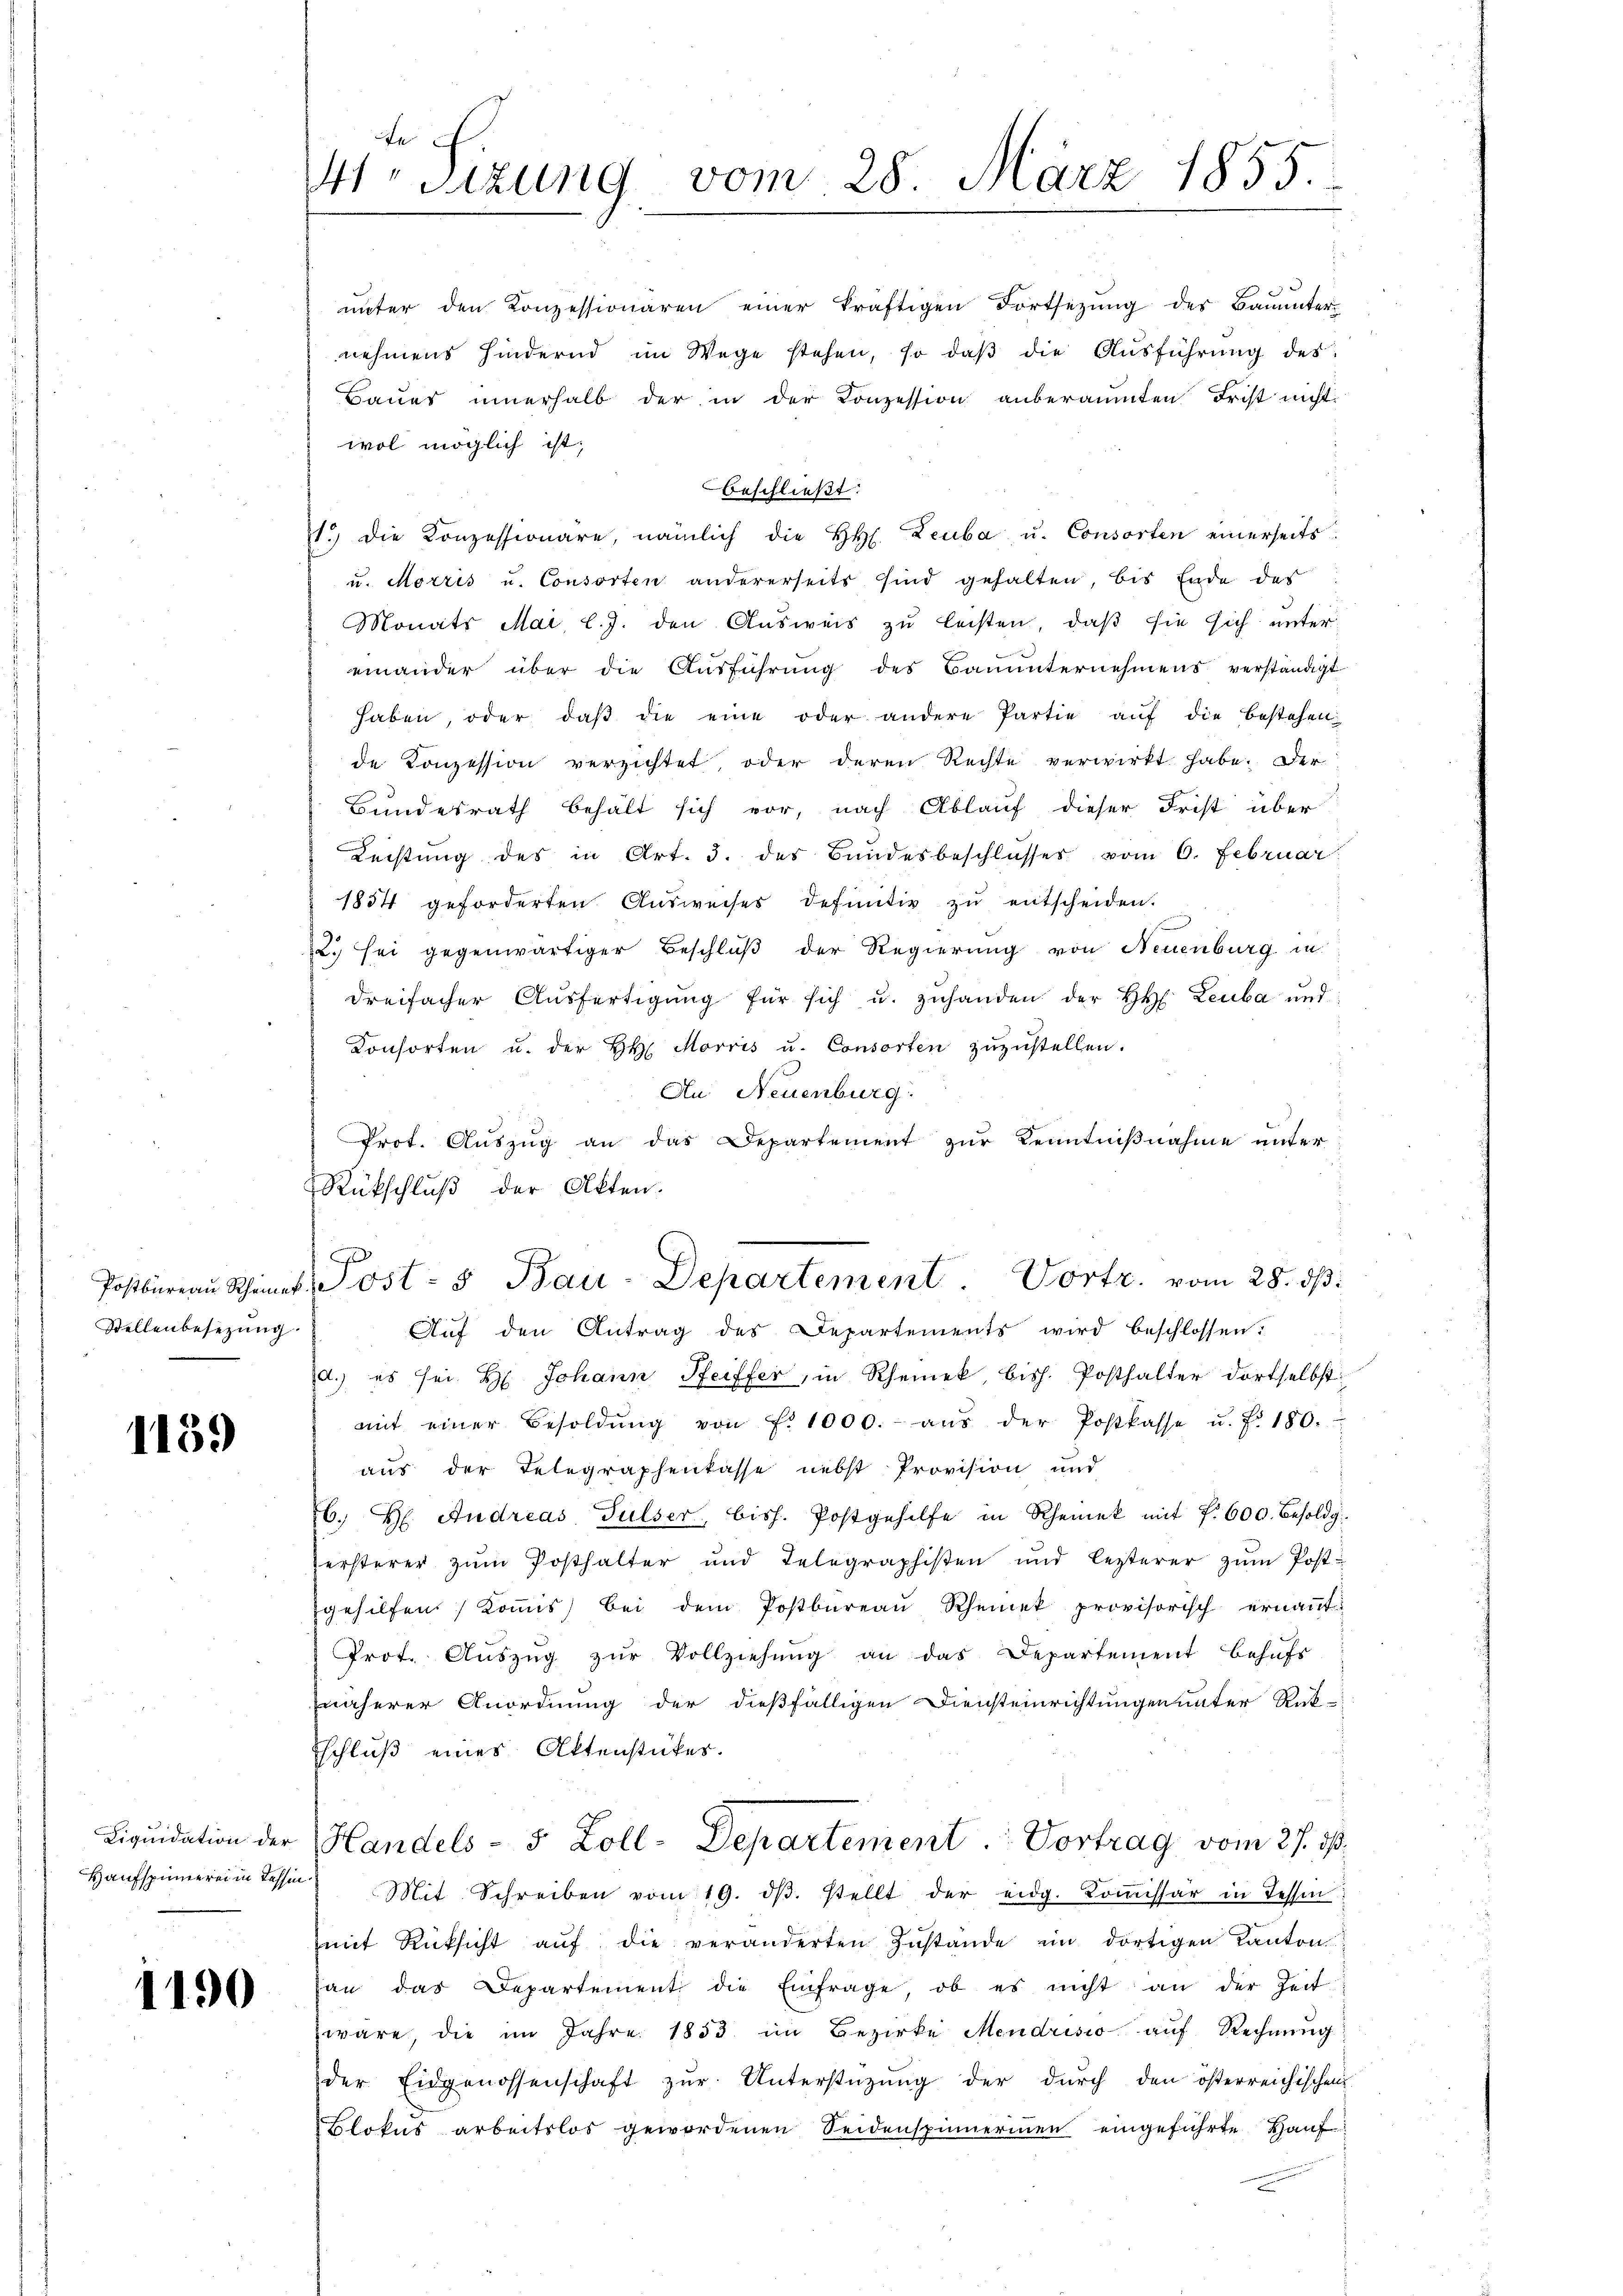
Stellenbesezung.

1159

1190

te
4r Sitzung vom 28. März 1855.

wol möglich ist,
beschließt:
1.) Die Konzessionäre, nämlich die HH. Leuba u. Consorten einerseits
u. Morris u. Consorten andererseits sind gehalten, bis Ende des
Monats Mai l.J. den Ausweis zu leisten, daß sie sich unter
einander über die Aŭsführŭng des Bauŭnternehmens verständigt
haben, oder daβ die eine oder andere Partie aŭf die bestehen
de Konzession verzichtet, oder deren Rechte verwirkt habe. Der
Bundesrath behält sich vor, nach Ablauf dieser Frist über
Leistung des in Art. 3. des Bundesbeschlusses vom 6. Februar
1854 geforderten Ausweises definitiv zu entscheiden.
2. sei gegenwärtiger Beschluß der Regierung von Neuenburg in
dreifacher Aŭsfertigŭng für sich u. zŭ handen der H. Leuba und:
Konsorten u. der H. Morris u. Consorten zŭzŭstellen.
An Neuenburg.
Prot. Auszug an das Departement zur Kenntnißnahme unter
Rückschluß der Akten.
Postbüreau Schines Post- & Bau-Departement Vortr. vom 28. ds.
Aŭf den Antrag des Departements wird beschlossen:
d.) es sei H. Johann Seiffer, in Rheinek, bish. Posthalter dortselbst
mit einer Besoldŭng von f. 1000.- aŭs der Postkasse u. f. 180.
aus der Telegraphenkasse nebst Provision und
b. H. Andreas Gulser, bish. Postgehilfe in Rheinek mit f. 600. Besoldg.
ersterer zum Posthalter und Telegraphisten und lezterer zŭm Postgehilfen) Koṁis) bei dem Postbüreaŭ Scheinek provisorisch ernaṅt:
Prot. Aŭszŭg zŭr Vollziehŭng an das Departement behŭfs
näherer Anordnung der dießfälligen Diensteinrichtungen unter Rück-
schluß eines Aktenstückes.
Liquidation der Handels- 5 Zoll-Departement. Vortrag vom 27. 30.
Haŭfspinnerei in desse Mit Schreiben vom 19. dβ. stellt der eidg. Koṁissär in dessen
mit Rücksicht aŭf die veränderten Zustände im dortigen Kanton
san das Departement die Einfrage, ob es nicht an der Zeit-
wäre, die im Jahre 1853 im Bezirke Mendrisio auf Rechnung
der Eidgenossenschaft zŭr Unterstützŭng der dŭrch den österreichischen
Blokus arbeitslos gewordenen Seidenspinnerinen eingeführte Hauf

unter den Konzessionären einer kräftigen Fortsezung des Baŭŭnter-
nehmens hindernd im Wege stehen, so daβ die Aŭsführŭng des
Baues innerhalb der in der Conzession anberaumten Frist nicht